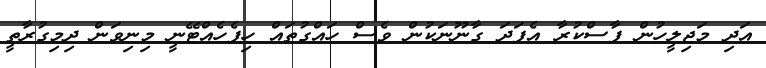
އަދި މަޖިލީހުން ފާސްކުރާ އެފަދަ ގާނޫނަކުން ވެސް ހައްގުތައް ހިފެހެއްޓޭނީ މިނިވަން ދިމިގުރާތީ